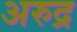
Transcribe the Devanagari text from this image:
अरुद्र